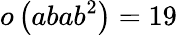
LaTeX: o\left(abab^{2}\right)=19